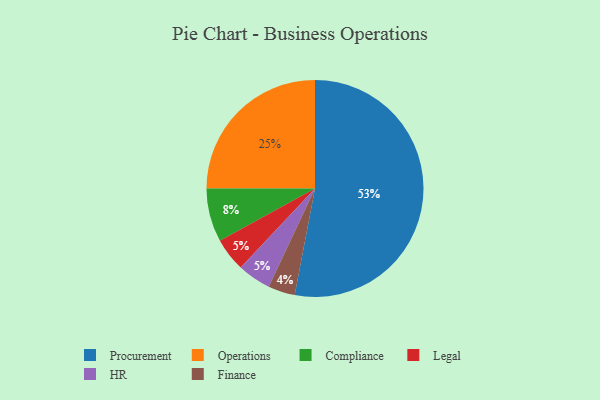
{"axis": {"x": "Category", "y": "Percentage"}, "legend": ["Compliance", "Finance", "HR", "Legal", "Operations", "Procurement"], "data": [{"x": "Procurement", "y": 53, "type": "Procurement"}, {"x": "Operations", "y": 25, "type": "Operations"}, {"x": "Legal", "y": 5, "type": "Legal"}, {"x": "Compliance", "y": 8, "type": "Compliance"}, {"x": "HR", "y": 5, "type": "HR"}, {"x": "Finance", "y": 4, "type": "Finance"}]}